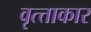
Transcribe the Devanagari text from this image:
वृत्त्ताकार